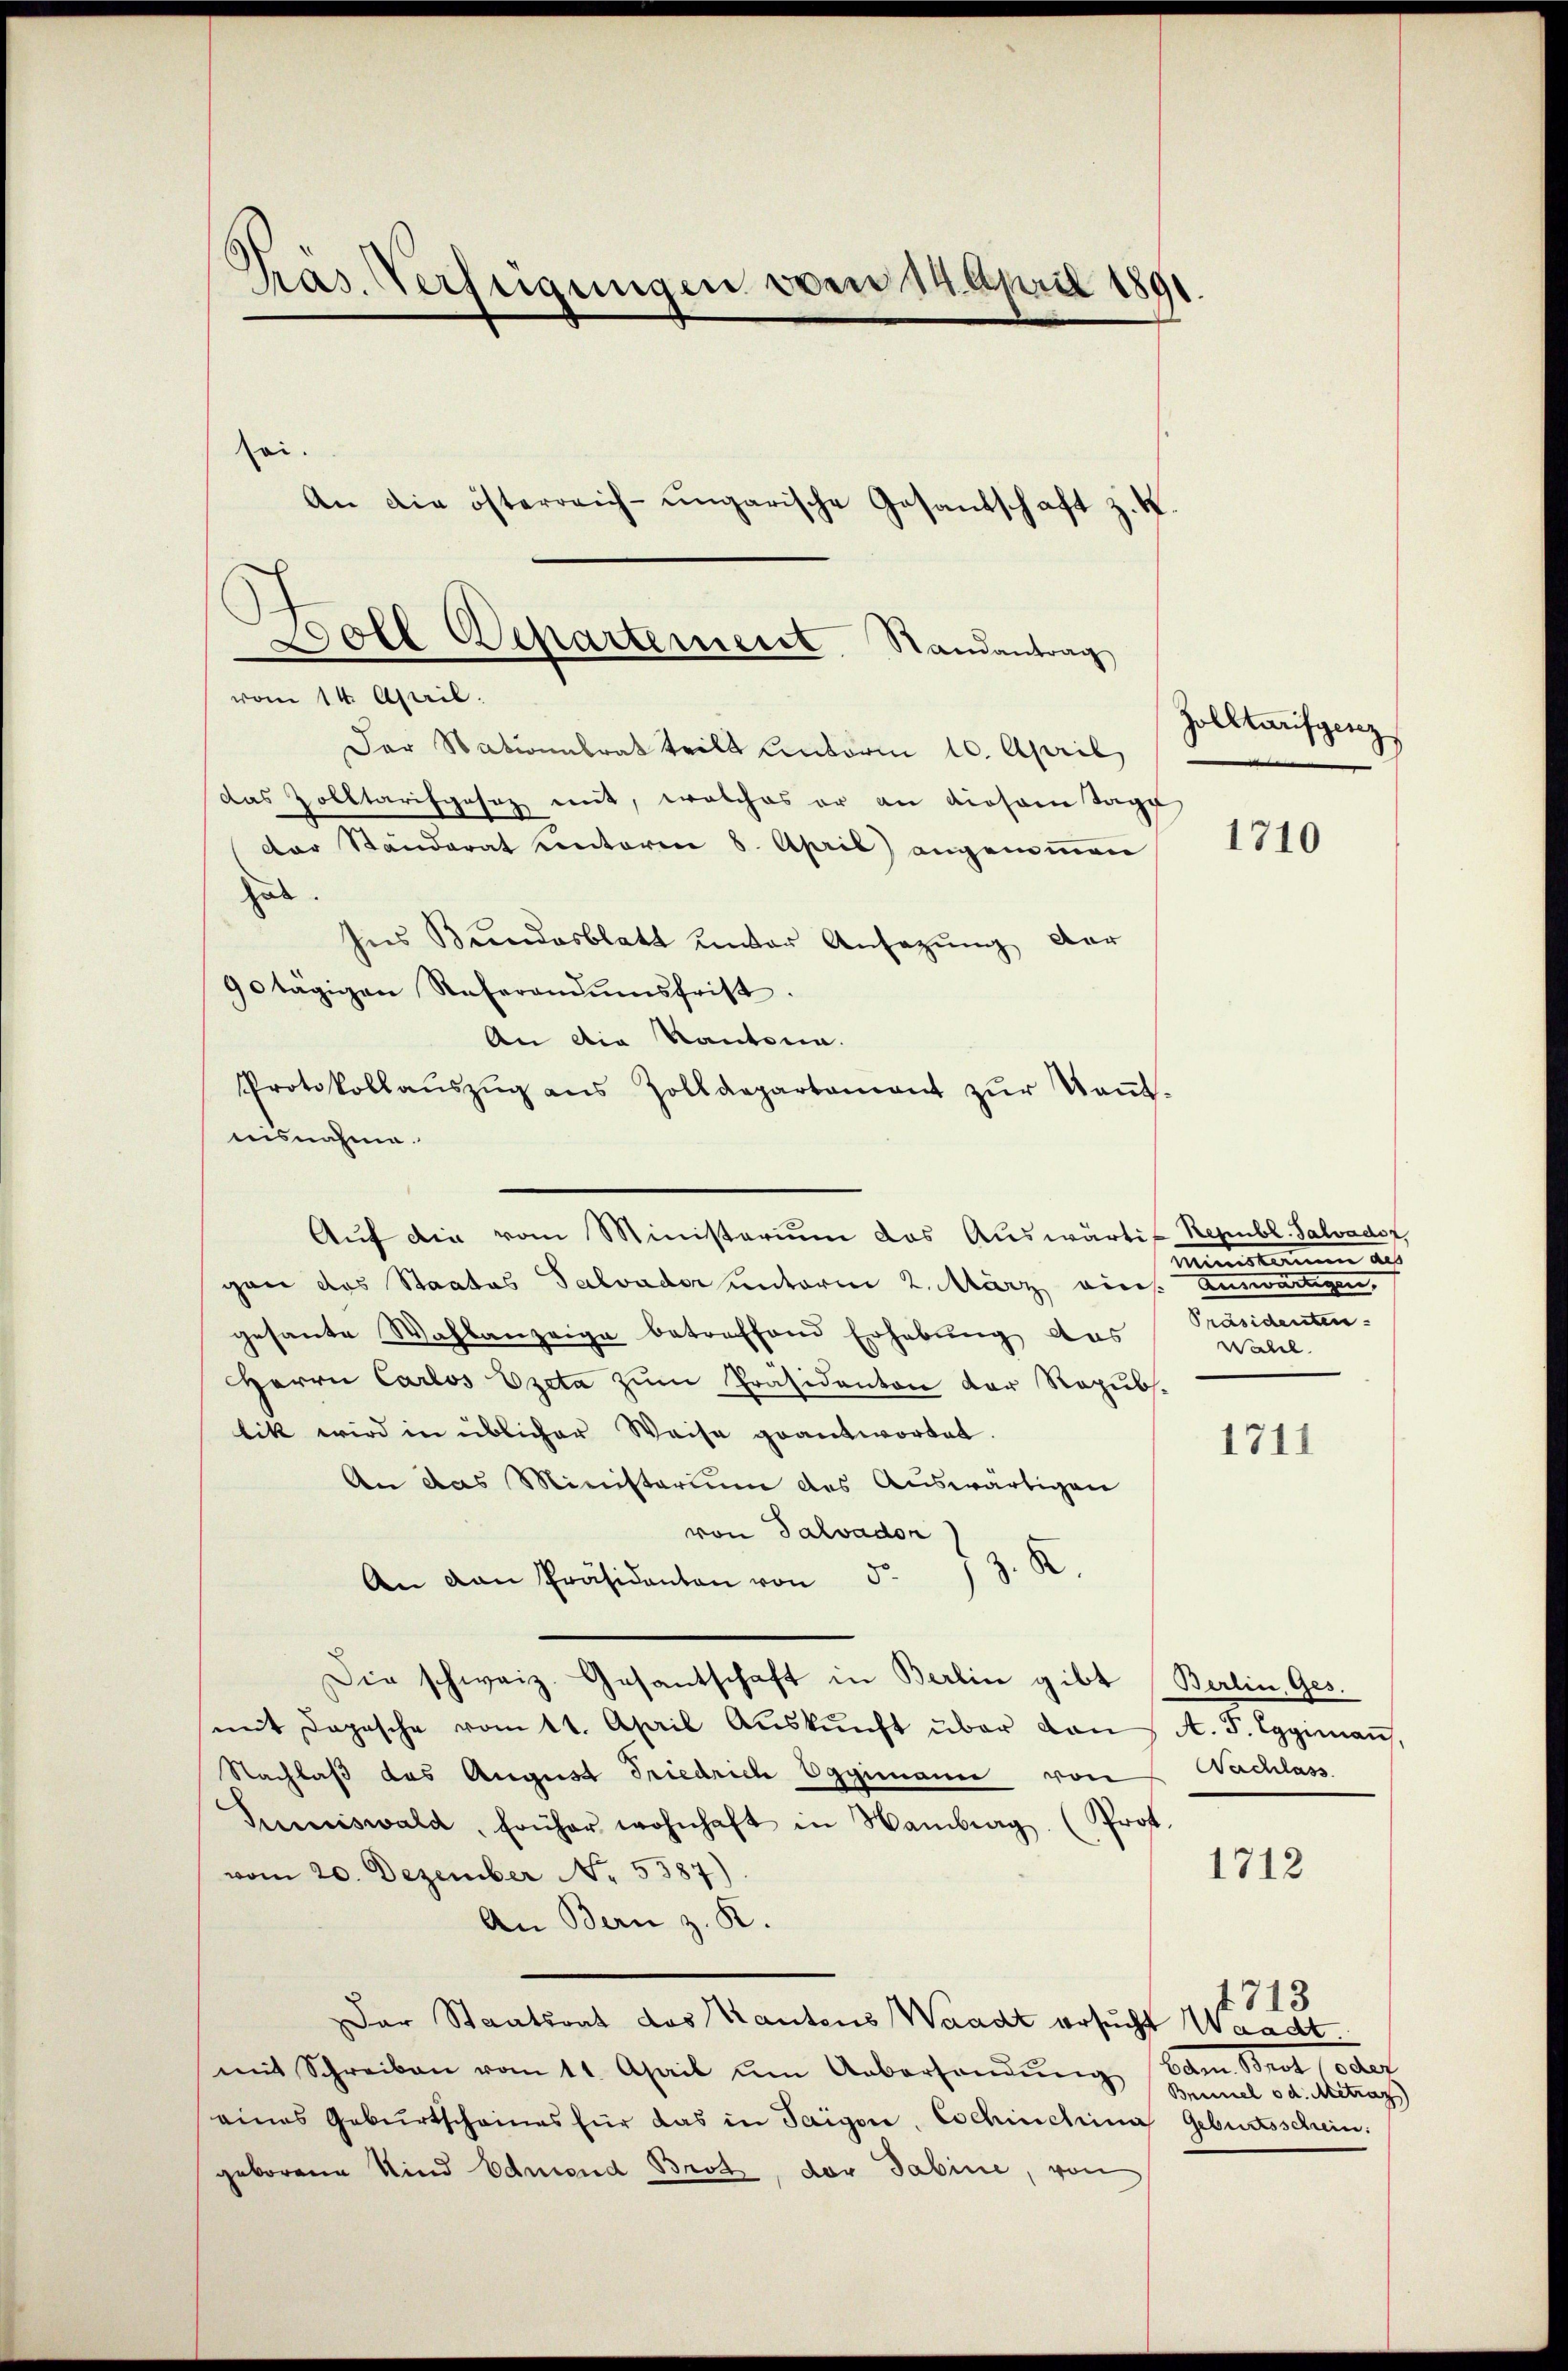
Pras. Verfügungen vom 14. April 1891.
sei.
An die österreich-ungarische Gesandschaft z. K

Doll Departement Randantrag
vom 14. April.
Der Nationalrat teilt Unterm 10. April

Auf die vom Ministerium das Auswärtig Republ. Salvadot

das Zolltarifgasaz mit, welches er an diesem Tage
der Ständerat Contoren 8. April) angemmen
gab.
Ins Bundesblatt unter Ansazung der
90 tägigen Referandumsfrist.
An die Kantona
Protokollaŭszŭg ans Zolldepartament zŭr Taṅt-
nisnahme.
gan das Staates Salvador unterm 2. März aus. Auswärtigen,
gesante Wahlanzeige betreffend Erhebung aus
Herrn Carlos Ezeta zum Präsidanton der Repubs.
bik wird in üblicher Weise geantwortet.
An das Ministerium des Auswärtigen
von Salvador
An den Präsidenten von 5. 13. K
Die schweiz. Gesantschaft in Berlin gibt Berlin, Ges.
mit Dopische vom 11. April Aŭskŭnft über von A. F. Eggimaṅ
Nachlaß das August Friedrich Eggimann von Nachlass
Sumiswald, früher wohnhaft in Hamberg. (Prof.
vom 20. Dezember No. 5587)
An Bern z. R.
Der Staatsrat des Kautens Waadt ersucht Waadt.
mit Schreiben vom 11. April ŭm Uebersandŭng kam. Brot oder
eines Gebŭrtscheines für das in Taigore, Eschinchen Geburtsschein:
geborene Kind Ednend Brot, der Sabine, von

Zolltaufging

1710

minskamm aus
Präsidenten
Wahel

1711

1712

1713
Brunnel od. Mitrag